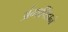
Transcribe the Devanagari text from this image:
अंगापिंडाने